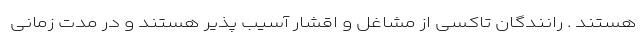
هستند . رانندگان تاکسی از مشاغل و اقشار آسیب پذیر هستند و در مدت زمانی